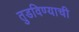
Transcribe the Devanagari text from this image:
तुडविण्याची